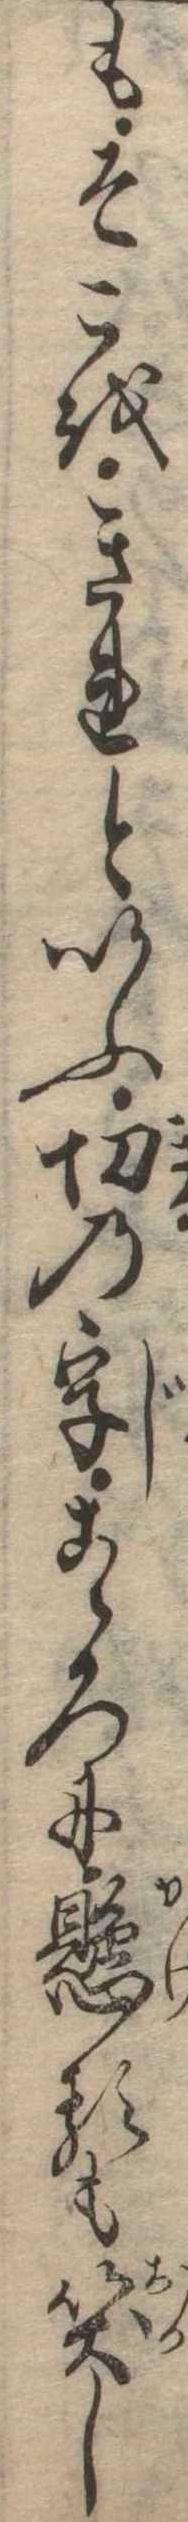
もそこをきれといふ切の字こゝろに懸るも笑し